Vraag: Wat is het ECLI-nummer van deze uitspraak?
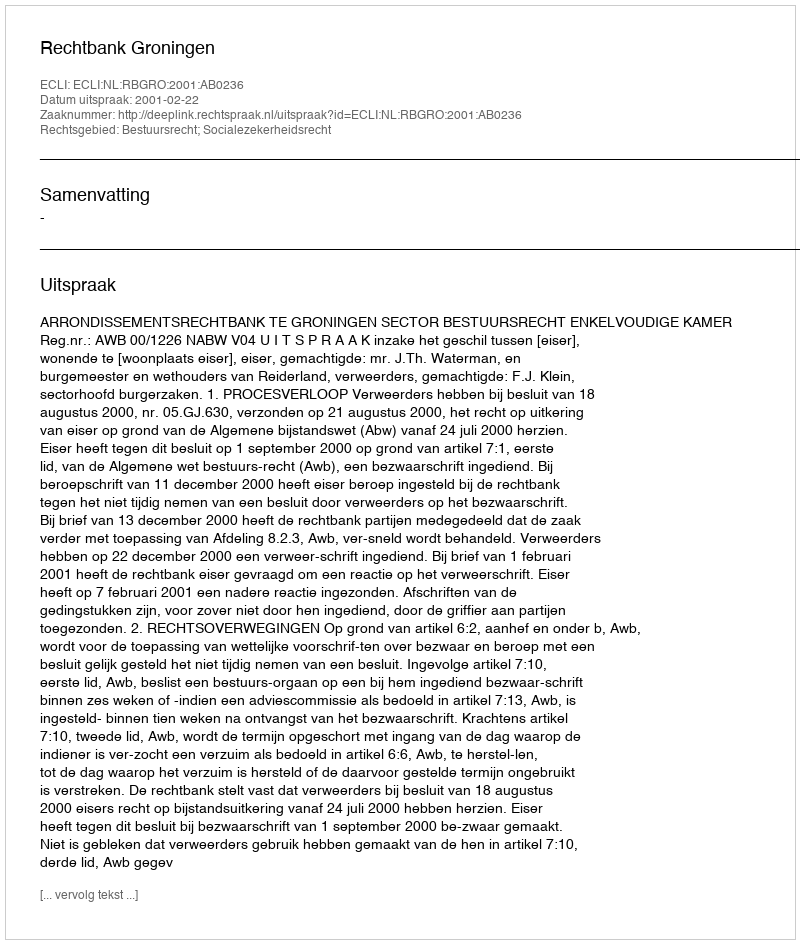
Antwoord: ECLI:NL:RBGRO:2001:AB0236